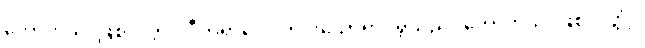
ဟောဟိသိ၊ ဖြစ်လတ္တံ့။ ဝီတရာဂေါ၊ ကင်းသောရာဂရှိသည်။ ဟောဟိသိ၊ ဖြစ်လတ္တံ့။